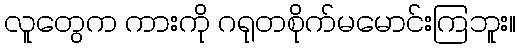
လူတွေက ကားကို ဂရုတစိုက်မမောင်းကြဘူး။